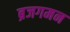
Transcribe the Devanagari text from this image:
ब्रजगमन